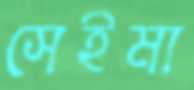
সেইমা